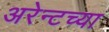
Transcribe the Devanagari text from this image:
अरेन्टच्या